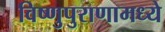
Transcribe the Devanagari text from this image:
विष्णुपुराणामध्ये